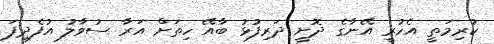
ކުރިމަތީ އެހުރީ އޭނާގެ ދޮށީ ދަރިފުޅު ބާއޭ ހިތަށް އަރާ ސުވާލު އުފެދިފަ